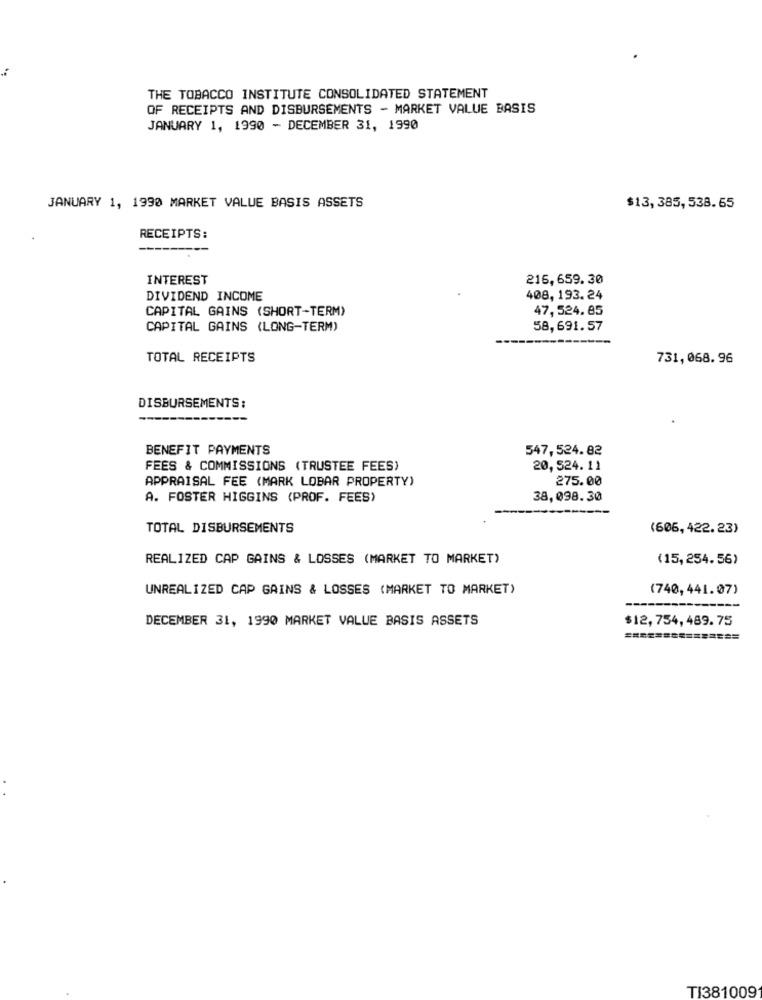
THE TOBACCO INSTITUTE CONSOLIDATED STATEMENT
OF RECEIPTS AND DISBURSEMENTS - MARKET VALUE BASIS
JANUARY 1, 1990 - DECEMBER 31, 1990
JANUARY 1, 1990 MARKET VALUE BASIS ASSETS
$13, 385,538.65
RECEIPTS:
INTEREST
216,659.30
DIVIDEND INCOME
408, 193. 24
CAPITAL GAINS (SHORT-TERM)
47, 524.85
CAPITAL GAINS (LONG-TERM)
58,691.57
TOTAL RECEIPTS
731, 068. 96
DISBURSEMENTS:
BENEFIT PAYMENTS
547,524.82
FEES & COMMISSIONS (TRUSTEE FEES)
20,524.11
APPRAISAL FEE (MARK LOBAR PROPERTY)
275.00
A. FOSTER HIGGINS (PROF. FEES)
38,098.30
TOTAL DISBURSEMENTS
(606, 422. 23)
REALIZED CAP GAINS & LOSSES (MARKET TO MARKET)
(15,254.56)
UNREALIZED CAP GAINS & LOSSES (MARKET TO MARKET)
(740, 441.07)
DECEMBER 31, 1990 MARKET VALUE BASIS ASSETS
$12,754,489.75
==========
TI381009